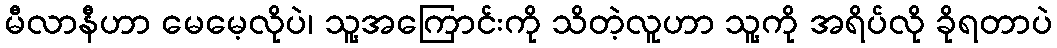
မီလာနီဟာ မေမေ့လိုပဲ၊ သူ့အကြောင်းကို သိတဲ့လူဟာ သူ့ကို အရိပ်လို ခိုရတာပဲ